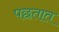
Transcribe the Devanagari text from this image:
पछतात